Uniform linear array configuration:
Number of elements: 4
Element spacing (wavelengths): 1
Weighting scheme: hamming
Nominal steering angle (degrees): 30
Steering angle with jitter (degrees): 29.871
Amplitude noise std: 0.05
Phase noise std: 0.05

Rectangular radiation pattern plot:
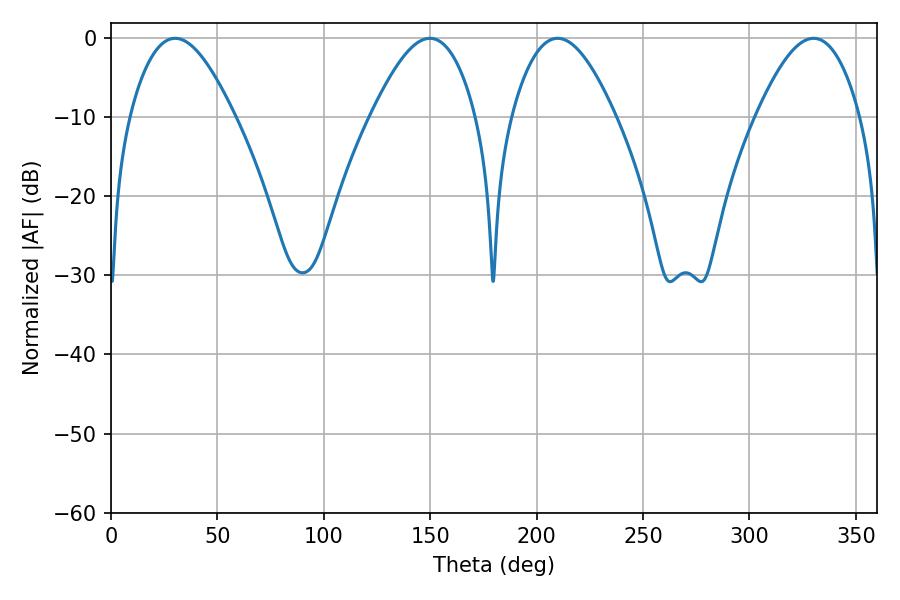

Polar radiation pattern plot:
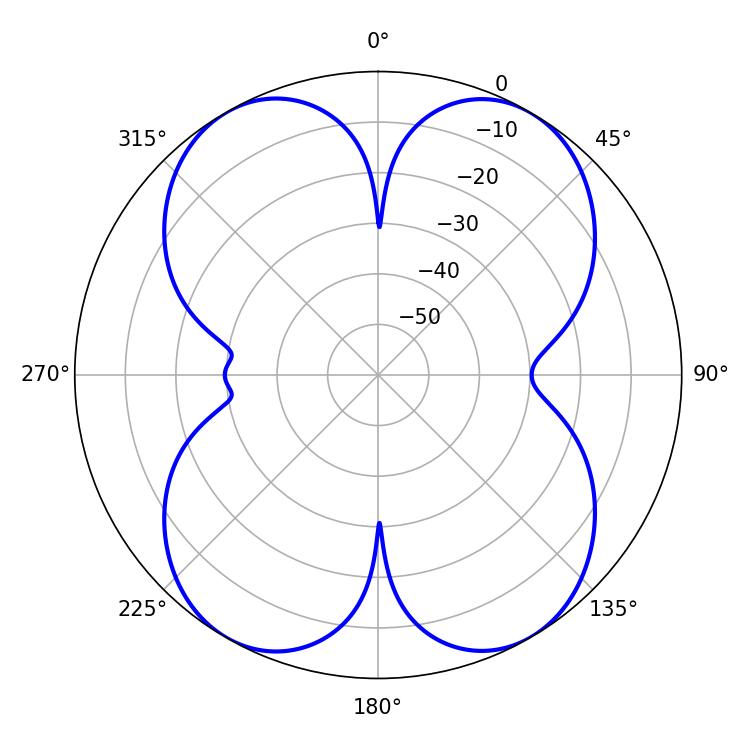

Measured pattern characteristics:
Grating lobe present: TRUE
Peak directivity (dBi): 21.472
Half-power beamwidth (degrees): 26.46
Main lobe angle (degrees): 330.12